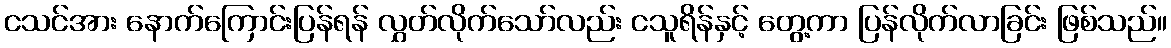
ငသင်အား နောက်ကြောင်းပြန်ရန် လွှတ်လိုက်သော်လည်း ငသူရိန်နှင့် တွေ့ကာ ပြန်လိုက်လာခြင်း ဖြစ်သည်။